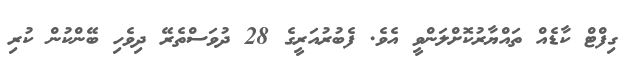
ގިފްޓް ކާޑެއް ތައްޔާރުކޮށްލަންވީ އެވެ. ފެބުރުއަރީގެ 28 ދުވަސްތެރޭ ދިވެހި ބޭންކުން ކުރި